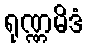
ရုဏ္ဏမိဒံ